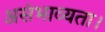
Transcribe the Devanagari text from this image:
असंभाव्यता।